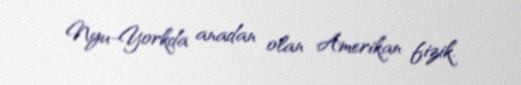
Nyu-Yorkda anadan olan Amerikan fizik.